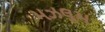
મઝલૂમ